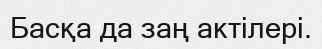
Басқа да заң актілері.